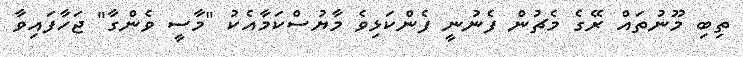
ތިބި މޫނުތައް ރޭގެ މެޗުން ފެނުނީ ފެންކަޅިވެ މާޔުސްކަމާއެކު "މާސީ ވެންގާ" ޖަހާފައިވާ